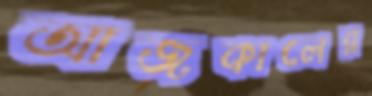
আজকালের